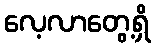
လေ့လာတွေ့ရှိ